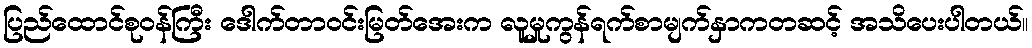
ပြည်ထောင်စုဝန်ကြီး ဒေါက်တာဝင်းမြတ်အေးက လူမှုကွန်ရက်စာမျက်နှာကတဆင့် အသိပေးပါတယ်။